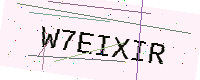
Text: W7EIXIR